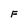
Character: F